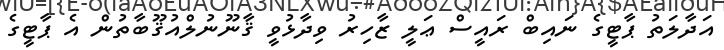
އަދާލަތު ޕާޓީގެ ނައިބް ރައީސް ޢަލީ ޒާހިރު ވިދާޅުވީ ޤާނޫނުލްއުޤޫބާތުން އެ ޕާޓީގެ